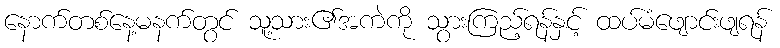
နောက်တစ်နေ့မနက်တွင် သူ့သား၏အကဲကို သွားကြည့်ရန်နှင့် ထပ်မံဖျောင်းဖျရန်